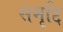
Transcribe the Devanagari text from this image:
समृद्दि